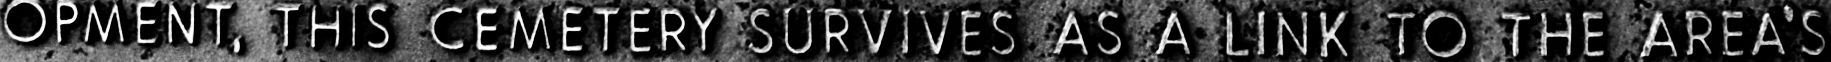
OPMENT, THIS CEMETERY SURVIVES AS A LINK TO THE AREA'S